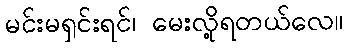
မင်းမရှင်းရင်၊ မေးလို့ရတယ်လေ။